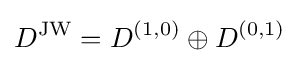
D^{\mathrm {JW} }=D^{(1,0)}\oplus D^{(0,1)}